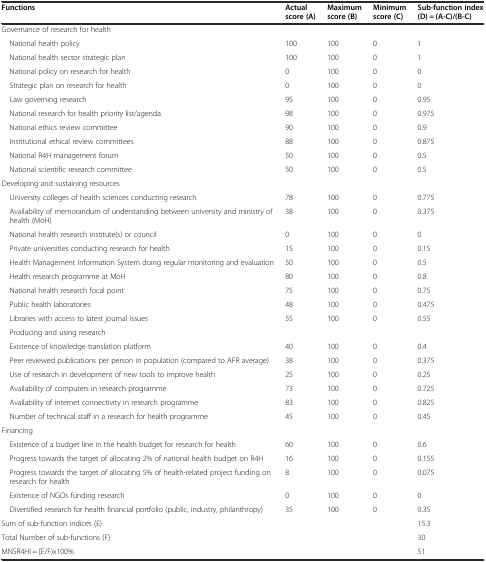
<table><thead><tr><td><b>Functions</b></td><td><b>Actual score (A)</b></td><td><b>Maximum score (B)</b></td><td><b>Minimum score (C)</b></td><td><b>Sub-function index (D) = (A-C)/(B-C)</b></td></tr></thead><tbody><tr><td>Governance of research for health</td><td></td><td></td><td></td><td></td></tr><tr><td> National health policy</td><td>100</td><td>100</td><td>0</td><td>1</td></tr><tr><td> National health sector strategic plan</td><td>100</td><td>100</td><td>0</td><td>1</td></tr><tr><td> National policy on research for health</td><td>0</td><td>100</td><td>0</td><td>0</td></tr><tr><td> Strategic plan on research for health</td><td>0</td><td>100</td><td>0</td><td>0</td></tr><tr><td> Law governing research</td><td>95</td><td>100</td><td>0</td><td>0.95</td></tr><tr><td> National research for health priority list/agenda</td><td>98</td><td>100</td><td>0</td><td>0.975</td></tr><tr><td> National ethics review committee</td><td>90</td><td>100</td><td>0</td><td>0.9</td></tr><tr><td> Institutional ethical review committees</td><td>88</td><td>100</td><td>0</td><td>0.875</td></tr><tr><td> National R4H management forum</td><td>50</td><td>100</td><td>0</td><td>0.5</td></tr><tr><td> National scientific research committee</td><td>50</td><td>100</td><td>0</td><td>0.5</td></tr><tr><td>Developing and sustaining resources</td><td></td><td></td><td></td><td></td></tr><tr><td> University colleges of health sciences conducting research</td><td>78</td><td>100</td><td>0</td><td>0.775</td></tr><tr><td> Availability of memorandum of understanding between university and ministry of health (MoH)</td><td>38</td><td>100</td><td>0</td><td>0.375</td></tr><tr><td> National health research institute(s) or council</td><td>0</td><td>100</td><td>0</td><td>0</td></tr><tr><td> Private universities conducting research for health</td><td>15</td><td>100</td><td>0</td><td>0.15</td></tr><tr><td> Health Management Information System doing regular monitoring and evaluation</td><td>50</td><td>100</td><td>0</td><td>0.5</td></tr><tr><td> Health research programme at MoH</td><td>80</td><td>100</td><td>0</td><td>0.8</td></tr><tr><td> National health research focal point</td><td>75</td><td>100</td><td>0</td><td>0.75</td></tr><tr><td> Public health laboratories</td><td>48</td><td>100</td><td>0</td><td>0.475</td></tr><tr><td> Libraries with access to latest journal issues</td><td>55</td><td>100</td><td>0</td><td>0.55</td></tr><tr><td> Producing and using research</td><td></td><td></td><td></td><td></td></tr><tr><td> Existence of knowledge translation platform</td><td>40</td><td>100</td><td>0</td><td>0.4</td></tr><tr><td> Peer reviewed publications per person in population (compared to AFR average)</td><td>38</td><td>100</td><td>0</td><td>0.375</td></tr><tr><td> Use of research in development of new tools to improve health</td><td>25</td><td>100</td><td>0</td><td>0.25</td></tr><tr><td> Availability of computers in research programme</td><td>73</td><td>100</td><td>0</td><td>0.725</td></tr><tr><td> Availability of internet connectivity in research programme</td><td>83</td><td>100</td><td>0</td><td>0.825</td></tr><tr><td> Number of technical staff in a research for health programme</td><td>45</td><td>100</td><td>0</td><td>0.45</td></tr><tr><td>Financing</td><td></td><td></td><td></td><td></td></tr><tr><td> Existence of a budget line in the health budget for research for health</td><td>60</td><td>100</td><td>0</td><td>0.6</td></tr><tr><td> Progress towards the target of allocating 2% of national health budget on R4H</td><td>16</td><td>100</td><td>0</td><td>0.155</td></tr><tr><td> Progress towards the target of allocating 5% of health-related project funding on research for health</td><td>8</td><td>100</td><td>0</td><td>0.075</td></tr><tr><td> Existence of NGOs funding research</td><td>0</td><td>100</td><td>0</td><td>0</td></tr><tr><td> Diversified research for health financial portfolio (public, industry, philanthropy)</td><td>35</td><td>100</td><td>0</td><td>0.35</td></tr><tr><td>Sum of sub-function indices (E)</td><td></td><td></td><td></td><td>15.3</td></tr><tr><td>Total Number of sub-functions (F)</td><td></td><td></td><td></td><td>30</td></tr><tr><td>MNSR4HI = [E/F)x100%</td><td></td><td></td><td></td><td>51</td></tr></tbody></table>